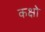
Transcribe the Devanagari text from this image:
कक्षो